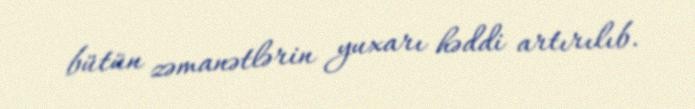
bütün zəmanətlərin yuxarı həddi artırılıb.